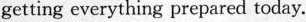
getting everything prepared today_.